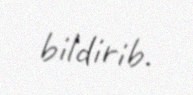
bildirib.